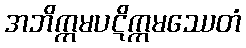
အဘိက္ကမပဋိက္ကမဿေတံ